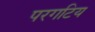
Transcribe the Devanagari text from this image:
परगटिय